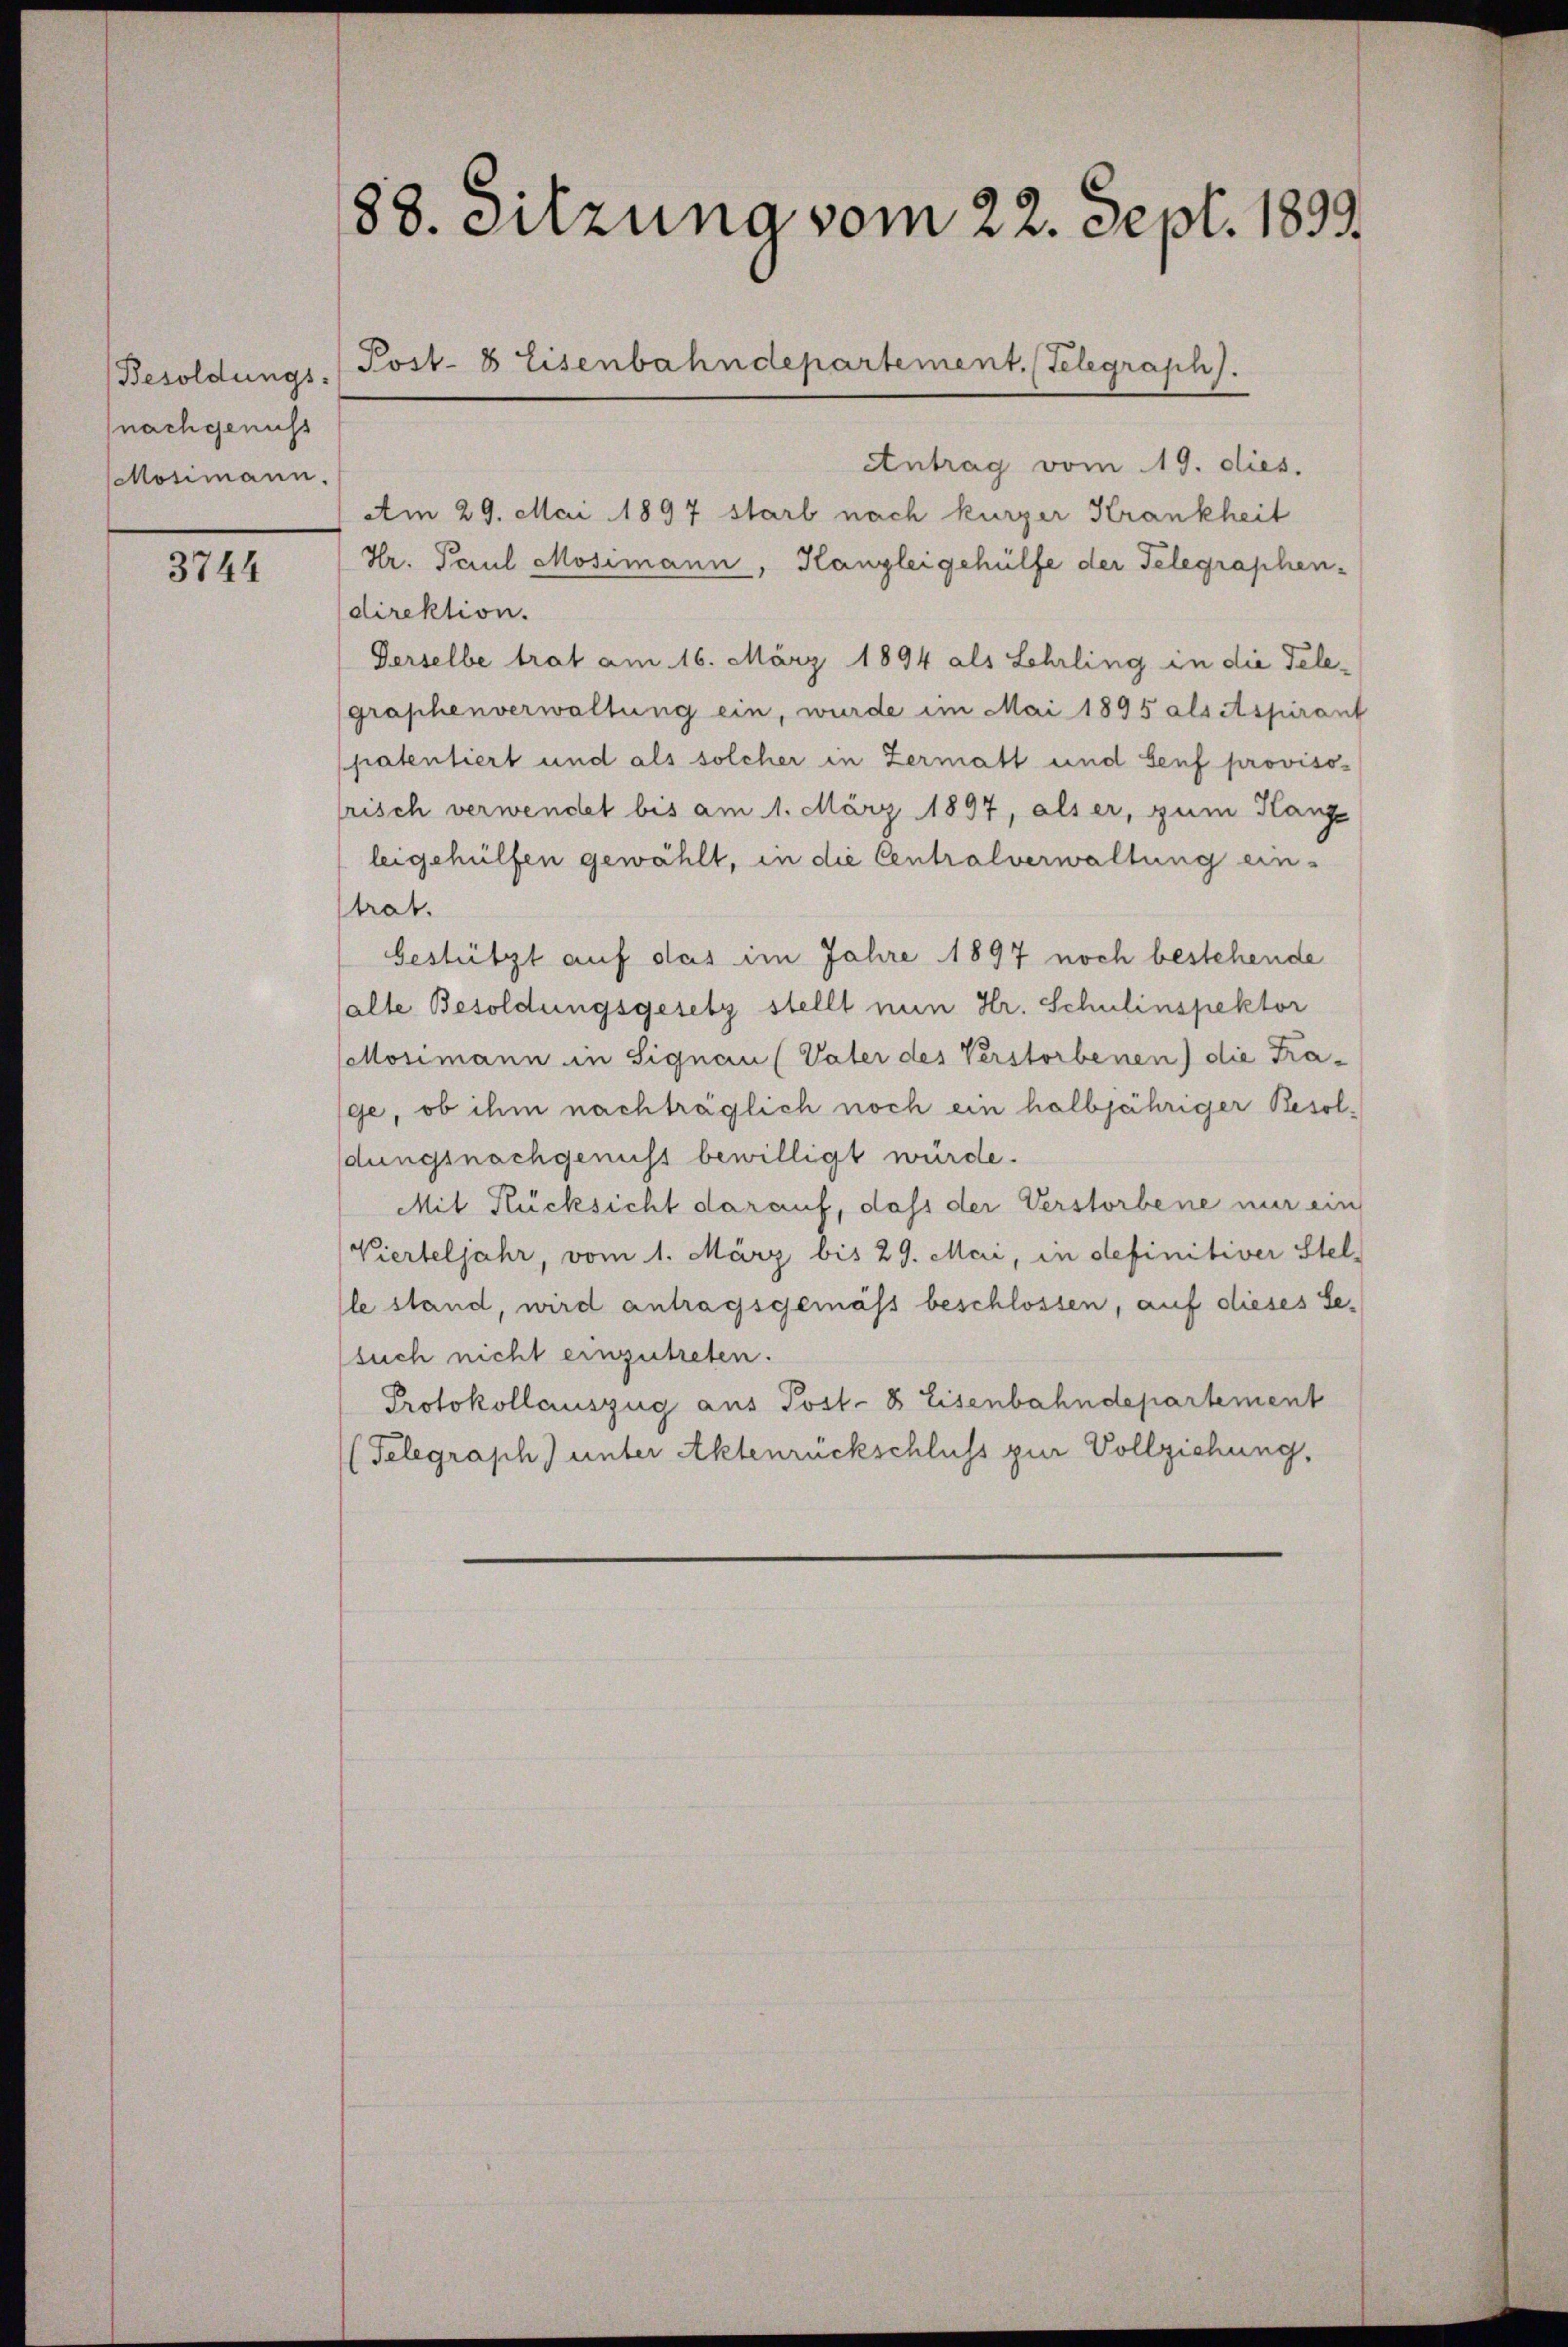
Besoldungs-
(nachgenuss
Mosimann.

3744

Antrag vom 19. dies.
Am 29. Mai 1897 starb nach kurzer Krankheit
Hr. Paul Mosimann, Kanzleigehülfe der Telegraphen-
direktion.
Gerselbe trat am 16. März 1894 als Lehrling in die Telegraphenverwaltung ein, wurde im Mai 1895 als Aspirant
ppatentiert und als solcher in Zermatt und Senf provisorisch verwendet bis am 1. März 1897, als er, zum Hange
leigehülfen gewählt, in die Centralverwaltung ein-
strat.
bestützt auf das im Jahre 1897 noch bestehende
halte Besoldungsgesetz stellt nun Hr. Schulinspektor
Cellosimann in Signau (Vater des Verstorbenen) die Trage, ob ihm nachträglich noch ein halbjähriger Besolldungsnachgenuss bewilligt würde.
Mit Rücksicht darauf, dass der Verstorbene nur ein
Vierteljahr, vom 1. März bis 29. Mai, in definitiver Stel-
lle stand, wird antragsgemäss beschlossen, auf dieses Se-
such nicht einzutreten.
Protokollauszug aus Post- 8 Eisenbahndepartement
(Telegraph) unter Aktenrückschluss zur Vollziehung,

88. Sitzung vom 22. Sept. 1899.
Post. 8 Eisenbahndepartement. Telegraph).